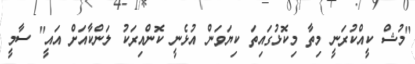
"މުޝް ކީއްކުރަނީ މިތާ މިކޮޅުގައިތަ ކިޔަވަން އުޅެނީ ކޮންއިރަކު ލަންކާއަށް އައީ" ސާމީ